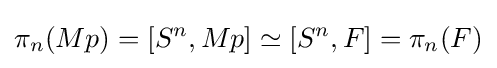
\pi _{n}(Mp)=\left[S^{n},Mp\right]\simeq \left[S^{n},F\right]=\pi _{n}(F)